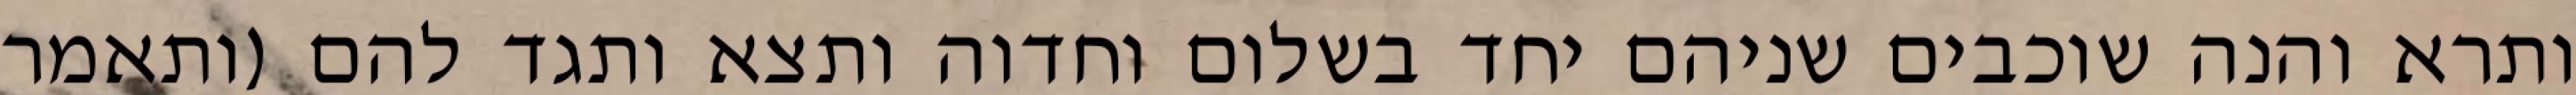
ותרא והנה שוכבים שניהם יחד בשלום וחדוה ותצא ותגד להם (ותאמר